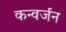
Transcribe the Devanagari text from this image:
कन्वर्जन